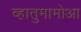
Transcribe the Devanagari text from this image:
व्हातुमामोआ